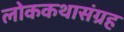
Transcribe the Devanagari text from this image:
लोककथासंग्रह